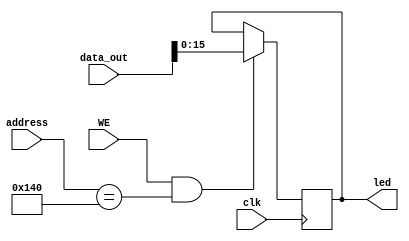
`timescale 1ns / 1ps

module visualizacion_led (
    input clk,
    input WE,
    input [31:0] address,
    input [31:0] data_out,
    output [15:0] led
);

reg [15:0] reg_led;

always @ ( posedge clk ) begin
    if (WE == 1'b1 & address == 32'h0140) reg_led = data_out;
end

assign led = reg_led;

endmodule